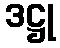
ဒဋ္ဌု